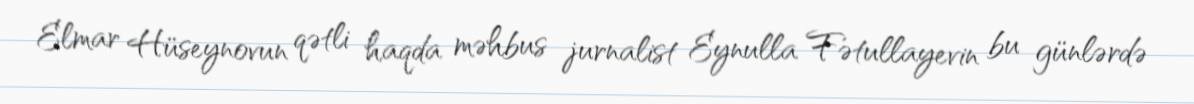
Elmar Hüseynovun qətli haqda məhbus jurnalist Eynulla Fətullayevin bu günlərdə